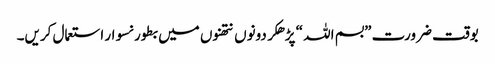
بوقت ضرورت ”بسم اللہ “ پڑھکر دونوں نتھنوں میں بطور نسوار استعمال کریں۔